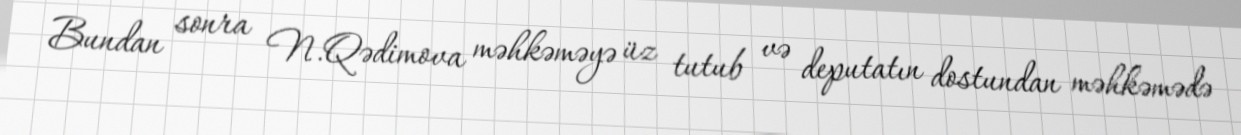
Bundan sonra N.Qədimova məhkəməyə üz tutub və deputatın dostundan məhkəmədə